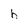
Character: h